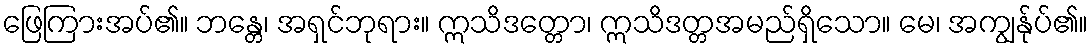
ဖြေကြားအပ်၏။ ဘန္တေ၊ အရှင်ဘုရား။ ဣသိဒတ္တော၊ ဣသိဒတ္တအမည်ရှိသော။ မေ၊ အကျွန်ုပ်၏။